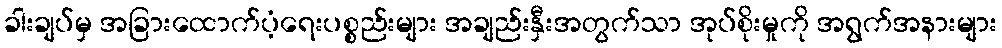
ခါးချပ်မှ အခြားထောက်ပံ့ရေးပစ္စည်းများ အချည်းနှီးအတွက်သာ အုပ်စိုးမှုကို အရွက်အနားများ